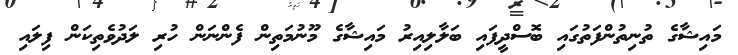
މައިޝާގެ ތުނިތުންފަތުގައި ބޮސްދީފައި ބަލާލިއިރު މައިޝާގެ މޫނުމަތިން ފެންނަން ހުރި ލަދުވެތިކަން ފިލައި